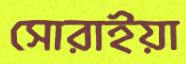
সোরাইয়া